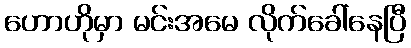
ဟောဟိုမှာ မင်းအမေ လိုက်ခေါ်နေပြီ